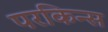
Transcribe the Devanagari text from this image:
परकिन्स